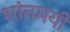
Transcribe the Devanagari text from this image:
शांतमयी